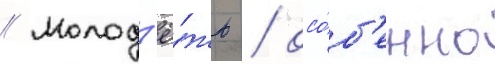
// Молод'ё́жь / осо́б'енно